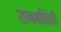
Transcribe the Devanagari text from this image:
रानकीदेवी